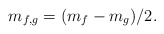
\begin{align*}m_{f,g}=(m_{f}-m_{g})/2. \end{align*}